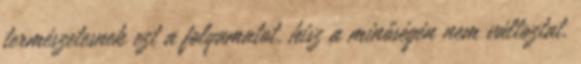
természetesnek ezt a folyamatot, hisz a minőségén nem változtat.